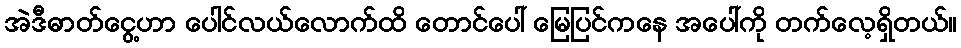
အဲဒီဓာတ်ငွေ့ဟာ ပေါင်လယ်လောက်ထိ တောင်ပေါ် မြေပြင်ကနေ အပေါ်ကို တက်လေ့ရှိတယ်။